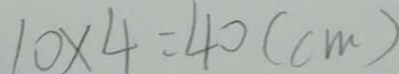
1 0 \times 4 = 4 0 ( c m )